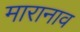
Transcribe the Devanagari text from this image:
मारानाव